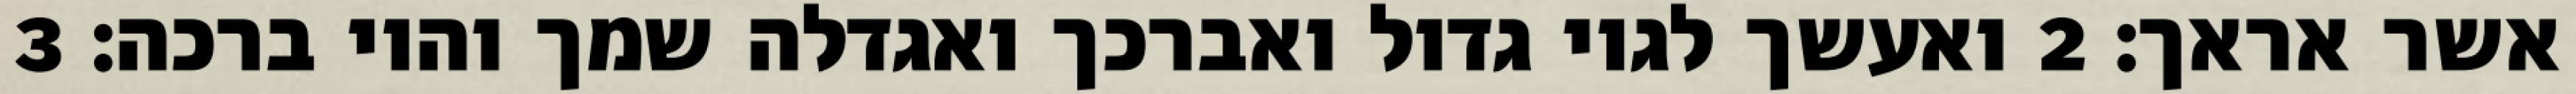
אשר אראך׃ ‎2‏ ואעשך לגוי גדול ואברכך ואגדלה שמך והוי ברכה׃ ‎3‏